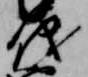
儀